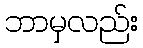
ဘာမှလည်း